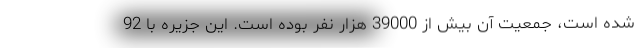
شده است، جمعیت آن بیش از 39000 هزار نفر بوده است. این جزیره با 92